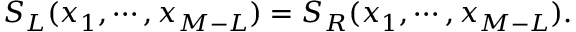
S _ { L } ( x _ { 1 } , \cdots , x _ { M - L } ) = S _ { R } ( x _ { 1 } , \cdots , x _ { M - L } ) .